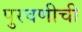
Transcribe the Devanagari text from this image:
पुरवणीची